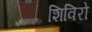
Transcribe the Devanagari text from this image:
शिविरो